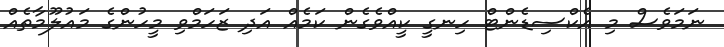
ނަމަވެސް މި އެކްސިޑެންޓް ހިނގީ ކީއްވެގެން ކަމެއް އަދި ޒަހަމްވި މީހުންގެ މައުލޫމާތެއް